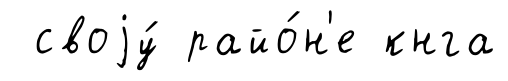
своjу́ райо́н'е кнга